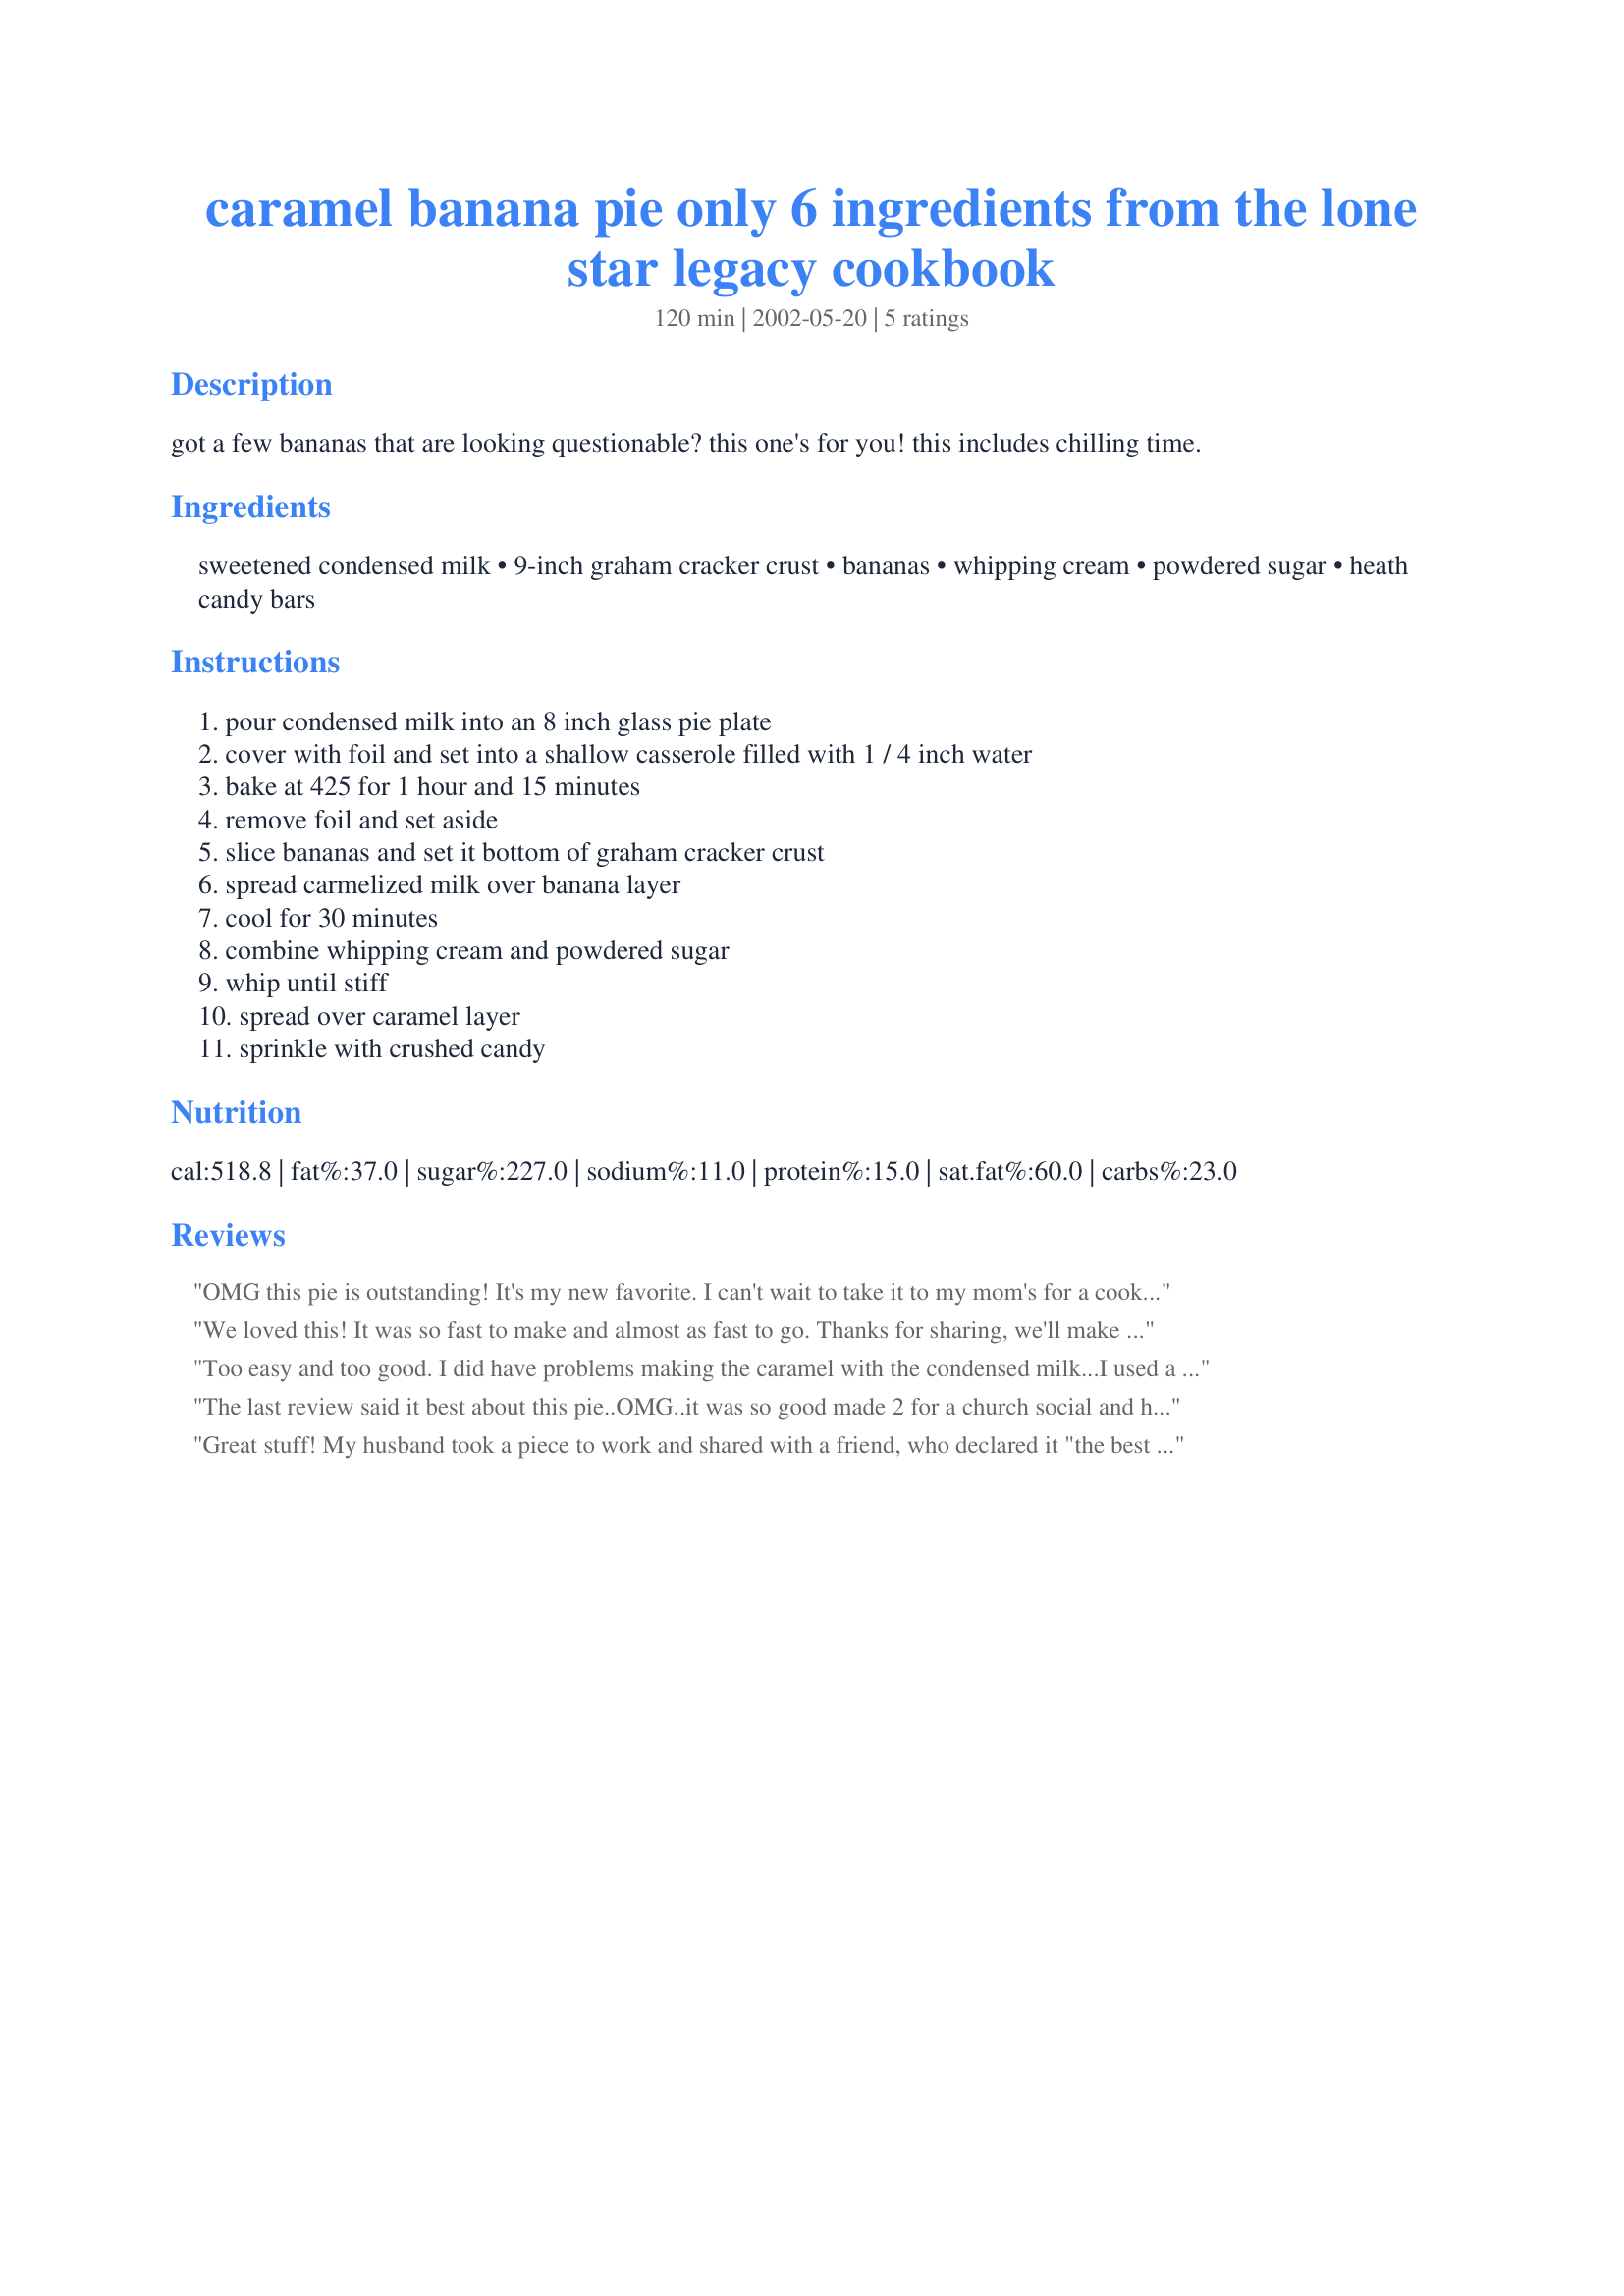
caramel banana pie only 6 ingredients from the lone star legacy cookbook
Preparation time: 120 minutes

got a few bananas that are looking questionable? this one's for you! this includes chilling time.

Ingredients:
sweetened condensed milk, 9-inch graham cracker crust, bananas, whipping cream, powdered sugar, heath candy bars

Steps:
pour condensed milk into an 8 inch glass pie plate, cover with foil and set into a shallow casserole filled with 1 / 4 inch water, bake at 425 for 1 hour and 15 minutes, remove foil and set aside, slice bananas and set it bottom of graham cracker crust, spread carmelized milk over banana layer, cool for 30 minutes, combine whipping cream and powdered sugar, whip until stiff, spread over caramel layer, sprinkle with crushed candy

Reviews:
OMG this pie is outstanding! It's my new favorite. I can't wait to take it to my mom's for a cookout. I was a little nervous about making the caramel but it turned out great. I,like you,cheated and used Cool Whip but that's OK. Oh, I used a Nella Wafer pie crust which really complimented it. It was perfect. Thanks so much!!!
We loved this! It was so fast to make and almost as fast to go. Thanks for sharing, we'll make this again.
Too easy and too good. I did have problems making the caramel with the condensed milk...I used a pyrex and covered it, but somehow parts of it still got burnt. But didn't affect the ultimate taste. Thanks!
The last review said it best about this pie..OMG..it was so good made 2 for a church social and had to go get copies of the recipe..I also used the toffee bits..WOW!! Thanks Tinks.
Great stuff! My husband took a piece to work and shared with a friend, who declared it "the best thing I've ever eaten." :-) Very easy to make. I couldn't find Heath bars at the store so I used part of a bag of Heath Toffee Bits.
